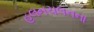
હલનચલનના